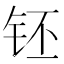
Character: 𰽧